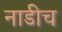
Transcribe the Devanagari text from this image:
नाडीच